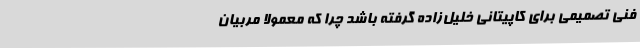
فنی تصمیمی برای کاپیتانی خلیل‌زاده گرفته باشد چرا که معمولا مربیان